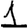
Digit: 1